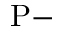
\mathrm { P } -